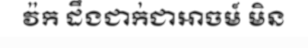
វ៉ក ដឹងជាក់ជាអាចម៍ មិន